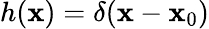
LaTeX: h(\boldsymbol{\mathbf{x}})=\delta(\boldsymbol{\mathbf{x}}-\boldsymbol{\mathbf{x}}_{0})